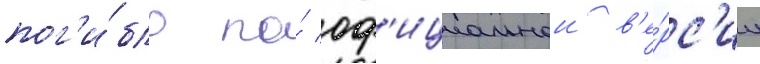
пог'и́бло по́ оф'ициальнои в'е́рс'ии